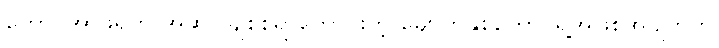
တောင်အာဖရိက အဆိုပါချစ်စရာကောင်းတဲ့ မျောက်နှစ်ကောင်ရဲ့အဖြစ်အပျက်ကို